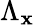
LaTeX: \Lambda_{\mathbf{x}}